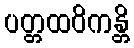
ပတ္တထဝိကန္တိ